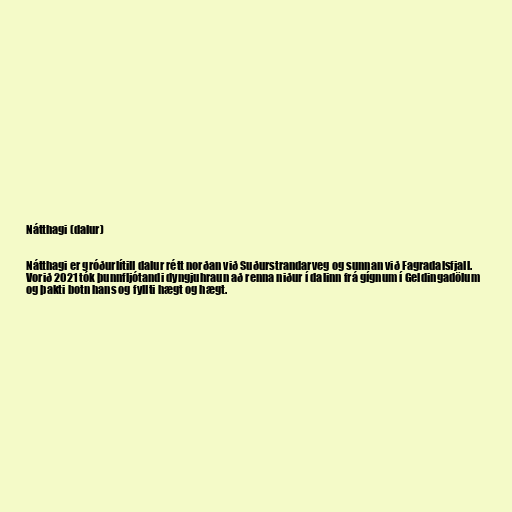
Nátthagi (dalur)

Nátthagi er gróðurlítill dalur rétt norðan við Suðurstrandarveg og sunnan við Fagradalsfjall.
Vorið 2021 tók þunnfljótandi dyngjuhraun að renna niður í dalinn frá gígnum í Geldingadölum
og þakti botn hans og fyllti hægt og hægt.